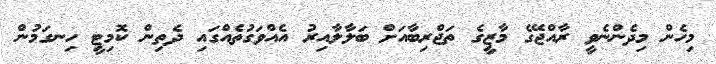
މިހެން މިދެންނެވީ ރާއްޖޭގެ މާޒީގެ ތަޖްރިބާއަށް ބަލާލާއިރު އެއްވަގުތެއްގައި ދެތިން ކޮމިޓީ ހިނގަމުން